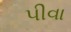
પીવા